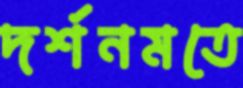
দর্শনমতে